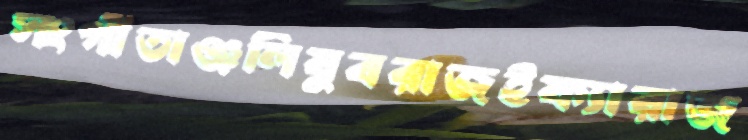
সংগীতাঞ্জলিযুবরাজইফ্যারাজ